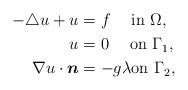
LaTeX: \begin{align*} -\triangle u +u &= f \;\quad{\rm in}\ \Omega,\\ u &=0 \;\quad{\rm on}\ \Gamma_1,\\\nabla u \cdot \boldsymbol{n} &= -g\lambda {\rm on}\ \Gamma_2,\end{align*}